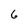
Character: 6